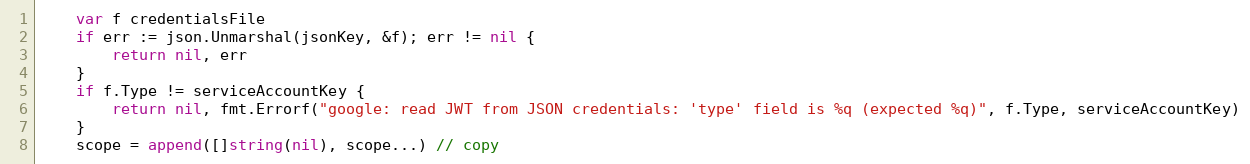
Language: Go
	var f credentialsFile
	if err := json.Unmarshal(jsonKey, &f); err != nil {
		return nil, err
	}
	if f.Type != serviceAccountKey {
		return nil, fmt.Errorf("google: read JWT from JSON credentials: 'type' field is %q (expected %q)", f.Type, serviceAccountKey)
	}
	scope = append([]string(nil), scope...) // copy